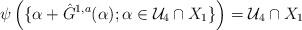
LaTeX: \begin{align*}\psi \left(\{ \alpha + \hat{G}^{1,a} (\alpha); \alpha \in \mathcal{U}_{4} \cap X_{1} \} \right)=\mathcal{U}_{4} \cap X_{1}\end{align*}